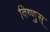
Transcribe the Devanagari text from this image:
विष्णुस्